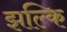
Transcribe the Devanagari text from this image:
झल्कि